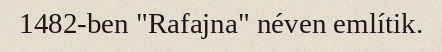
1482-ben "Rafajna" néven említik.